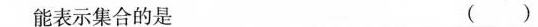
能表示集合的是 ()